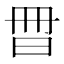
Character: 𣌧